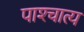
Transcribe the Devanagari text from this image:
पाश्‍चात्‍य